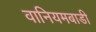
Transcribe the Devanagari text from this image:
वानियमबाडी